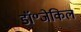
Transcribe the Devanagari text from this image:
डॉ॰जेकिल